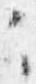
々